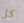
كل